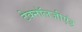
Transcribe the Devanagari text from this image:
टेक्नॉलजीएंड